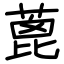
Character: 蓖